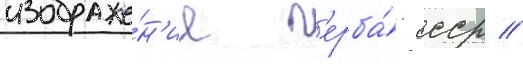
изображе́н'ие г'ерба́ ссср //